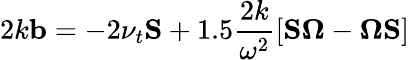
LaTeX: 2k\mathbf{b}=-2\nu_{t}\mathbf{S}+1.5\frac{2k}{\omega^{2}}\left[\mathbf{S}\boldsymbol{\Omega}-\boldsymbol{\Omega}\mathbf{S}\right]